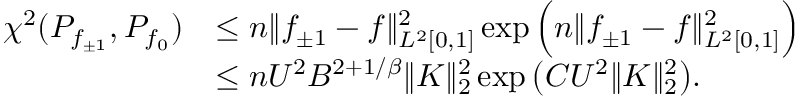
\begin{array} { r l } { \chi ^ { 2 } ( P _ { f _ { \pm 1 } } , P _ { f _ { 0 } } ) } & { \leq n \| f _ { \pm 1 } - f \| _ { L ^ { 2 } [ 0 , 1 ] } ^ { 2 } \exp \Big ( n \| f _ { \pm 1 } - f \| _ { L ^ { 2 } [ 0 , 1 ] } ^ { 2 } \Big ) } \\ & { \leq n U ^ { 2 } B ^ { 2 + 1 / \beta } \| K \| _ { 2 } ^ { 2 } \exp \big ( C U ^ { 2 } \| K \| _ { 2 } ^ { 2 } \big ) . } \end{array}